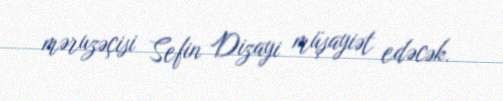
məruzəçisi Sefin Dizayi müşayiət edəcək.